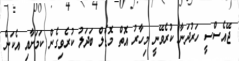
ޖޭއެސްސީ ހަރުދަނާ ކުރެވޭނީ މިހާރު އޮތް މޮޑެލް ބަދަލު ކުރެވިގެން ކަމަށާއި އެކަން